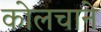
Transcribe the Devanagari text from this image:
कोलचाने